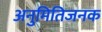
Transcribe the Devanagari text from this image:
अनुमितिजनक